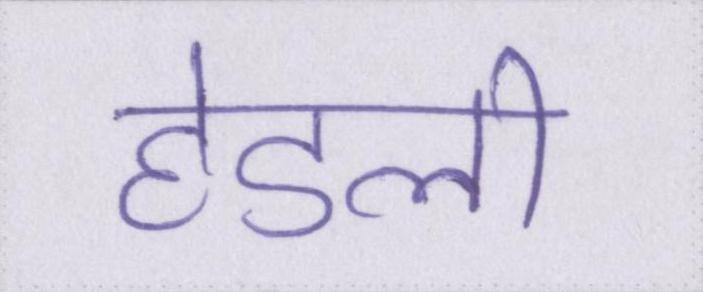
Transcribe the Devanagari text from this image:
हेडली